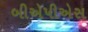
બીએપીએસ